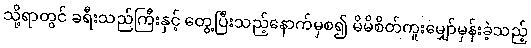
သို့ရာတွင် ခရီးသည်ကြီးနှင့် တွေ့ပြီးသည့်နောက်မှစ၍ မိမိစိတ်ကူးမျှော်မှန်းခဲ့သည့်